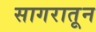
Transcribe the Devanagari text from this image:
सागरातून